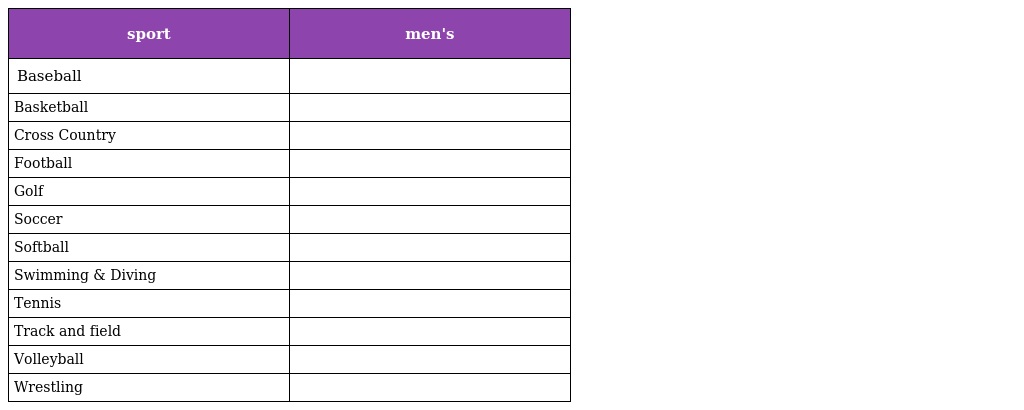
| sport | men's |
 | --- | --- |
 | Baseball |  |
 | Basketball |  |
 | Cross Country |  |
 | Football |  |
 | Golf |  |
 | Soccer |  |
 | Softball |  |
 | Swimming & Diving |  |
 | Tennis |  |
 | Track and field |  |
 | Volleyball |  |
 | Wrestling |  |